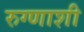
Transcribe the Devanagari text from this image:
रुग्णाशी